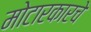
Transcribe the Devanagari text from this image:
मोटारकारचे